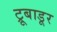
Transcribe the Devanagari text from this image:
ट्रूबाडूर